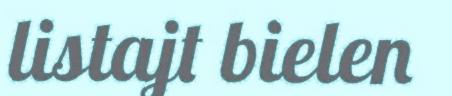
listajt bielen